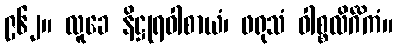
၉၆၂။ လူခေ နိဋ္ဌုရဝါစာယံ၊ ဖရုသံ ဝါစ္စလိင်္ဂိကံ။